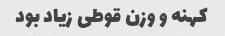
کهنه و وزن قوطی زیاد بود